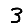
Digit: 3